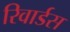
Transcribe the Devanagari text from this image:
रिवार्डस